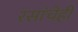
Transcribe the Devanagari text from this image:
रसांचेही